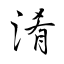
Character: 淆